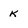
Character: K